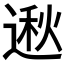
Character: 𫐵